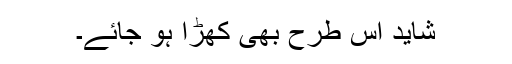
شاید اس طرح بھی کھڑا ہو جائے۔